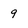
Character: 9